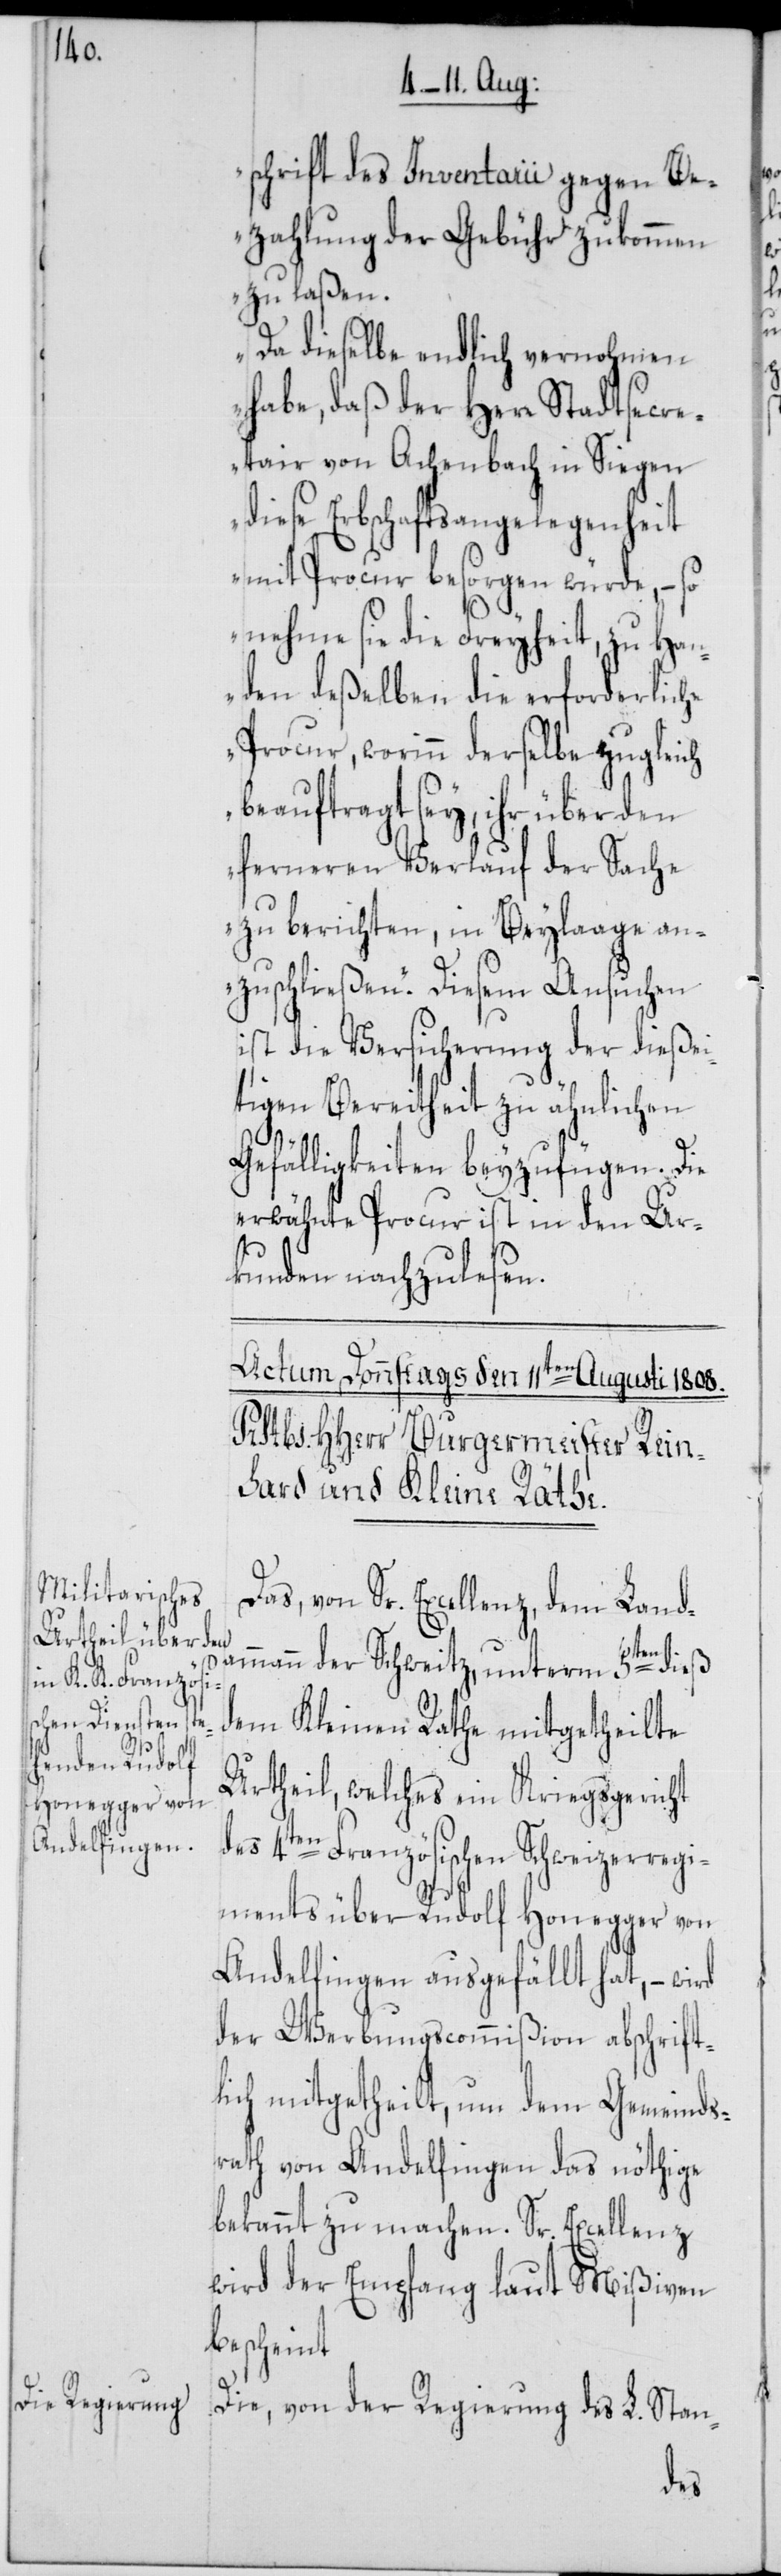
schrift des Inventarii gegen Be¬
zahlung der Gebühr zukommen
zu laßen.
Da dieselbe endlich vernohmen
habe, daß der Herr Stadtsecr¬
etair von Achenbach in Siegen
diese Erbschaftsangelegenheit
mit Procur besorgen würde, – so
nehme sie die Freyheit, zu Han¬
den deßelben die erforderliche
Procur, worinn derselbe zugleich
beauftragt sey, ihr über den
ferneren Verlauf der Sache
zu berichten, in Beylaage an¬
zuschließen.“ Diesem Ansuchen
ist die Versicherung der dießei¬
tigen Bereitheit zu ähnlichen
Gefälligkeiten beyzufügen. Die
erwähnte Procur ist in den Ur¬
kunden nachzulesen.
Das, von Sr. Excellenz, dem Land¬
ammann der Schweitz, unterm 5ten dieß
dem Kleinen Rathe mitgetheilte
Urtheil, welches ein Kriegsgericht
des 4ten Französischen Schweizerregi¬
ments über Rudolf Honegger von
Andelfingen ausgefällt hat, – wird
der Werbungscommißion abschrift¬
lich mitgetheilt, um dem Gemeinds¬
rath von Andelfingen das nöthige
bekannt zu machen. Sr. Excellenz
wird der Empfang laut Mißiven
bescheint.
Die, von der Regierung des L. Stan-